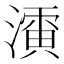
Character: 𱨨